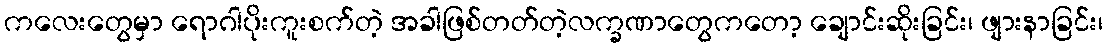
ကလေးတွေမှာ ရောဂါပိုးကူးစက်တဲ့ အခါဖြစ်တတ်တဲ့လက္ခဏာတွေကတော့ ချောင်းဆိုးခြင်း၊ ဖျားနာခြင်း၊